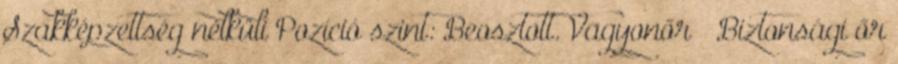
Szakképzettség nélküli Pozíció szint: Beosztott. Vagyonőr Biztonsági őr